Report on vaccination in the Province of Bengal - 1874-1889
Year: 1874
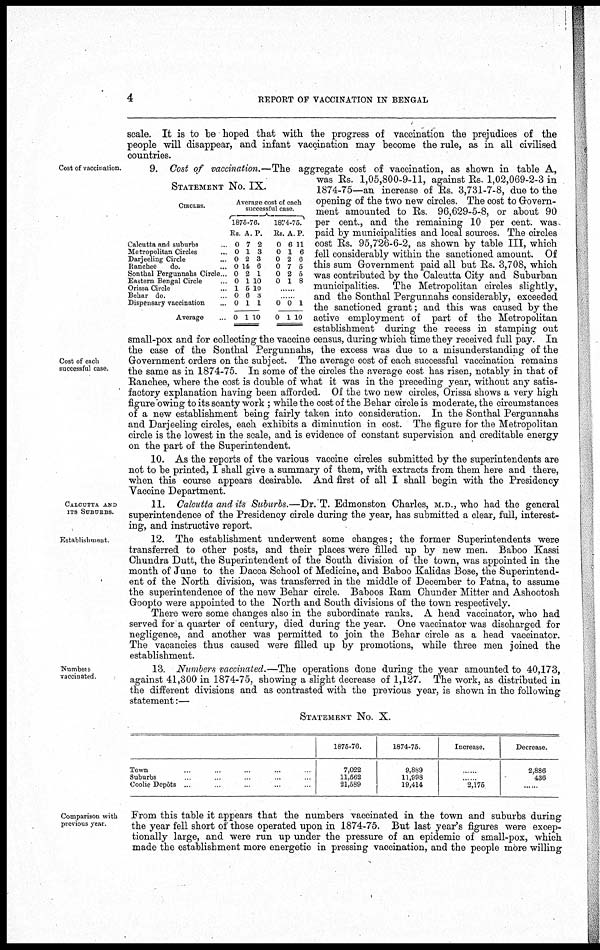
4
REPORT OF VACCINATION IN BENGAL
scale. It is to be hoped that with the progress of vaccination the prejudices of the
people will disappear, and infant vaccination may become the rule, as in all civilised
countries.
Cost of vaccination.
Cost of each
successful case.
STATEMENT No. IX.
CIRCLES.
Calcutta and suburbs..
Metropolitan Circles...
Darjeeling Circle...
Ranchee do...
Sonthal Pergunnahs Circle..
Eastern Bengal Circle...
Orissa Circle...
Behar do. ...
Dispensary vaccination...
Average.
Average cost of each
successful case.
1875-76.
Rs.
0
0
0
0
0
0
1
0
0
0
A.
7
1
2
14
2
1
5
6
1
1
P.
2
3
3
6
1
10
10
3
1
10
1874-75.
Rs.
0
0
0
0
0
0
A.
6
1
2
7
2
1
P.
11
6
6
5
5
8
0
0
0
1
1
10
9. Cost of vaccination.—The aggregate cost of vaccination, as shown in table A,
was Rs. 1,05,800-9-11, against Rs. 1,02,069-2-3 in
1874-75—an increase of Rs. 3,731-7-8, due to the
opening of the two new circles. The cost to Govern-
ment amounted to Rs. 96,629-5-8, or about 90
per cent., and the remaining 10 per cent. was
paid by municipalities and local sources. The circles
cost Rs. 95,726-6-2, as shown by table III, which
fell considerably within the sanctioned amount. Of
this sum Government paid all but Rs. 3,708, which
was contributed by the Calcutta City and Suburban
municipalities. The Metropolitan circles slightly,
and the Sonthal Pergunnahs considerably, exceeded
the sanctioned grant; and this was caused by the
active employment of part of the Metropolitan
establishment during the recess in stamping out
small-pox and for collecting the vaccine census, during which time they received full pay. In
the case of the Sonthal Pergunnahs, the excess was due to a misunderstanding of the
Government orders on the subject. The average cost of each successful vaccination remains
the same as in 1874-75. In some of the circles the average cost has risen, notably in that of
Ranchee, where the cost is double of what it was in the preceding year, without any satis-
factory explanation having been afforded. Of the two new circles, Orissa shows a very high
figure owing to its scanty work ; while the cost of the Behar circle is moderate, the circumstances
of a new establishment being fairly taken into consideration. In the Sonthal Pergunnahs
and Darjeeling circles, each exhibits a diminution in cost. The figure for the Metropolitan
circle is the lowest in the scale, and is evidence of constant supervision and creditable energy
on the part of the Superintendent.
10. As the reports of the various vaccine circles submitted by the superintendents are
not to be printed, I shall give a summary of them, with extracts from them here and there,
when this course appears desirable. And first of all I shall begin with the Presidency
Vaccine Department.
CALCUTTA AND
ITS SUBURBS.
11. Calcutta and its Suburbs.—Dr. T. Edmonston Charles, M.D., who had the general
superintendence of the Presidency circle during the year, has submitted a clear, full, interest-
ing, and instructive report.
Establishment
12. The establishment underwent some changes; the former Superintendents were
transferred to other posts, and their places were filled up by new men. Baboo Kassi
Chundra Dutt, the Superintendent of the South division of the town, was appointed in the
month of June to the Dacca School of Medicine, and Baboo Kalidas Bose, the Superintend-
ent of the North division, was transferred in the middle of December to Patna, to assume
the superintendence of the new Behar circle. Baboos Ram Chunder Mitter and Ashootosh
Goopto were appointed to the North and South divisions of the town respectively.
There were some changes also in the subordinate ranks. A head vaccinator, who had
served for a quarter of century, died during the year. One vaccinator was discharged for
negligence, and another was permitted to join the Behar circle as a head vaccinator.
The vacancies thus caused were filled up by promotions, while three men joined the
establishment.
Numbers
vaccinated
13 Numbers vaccinated.—The operations done during the year amounted to 40,173,
against 41,300 in 1874-75, showing a slight decrease of 1,127. The work, as distributed in
the different divisions and as contrasted with the previous year, is shown in the following
statement:—
STATEMENT No. X.
Town. ... ...
Suburbs... ...
Coolie Dopôts.. ..
1875-76.
7,022
11,562
21,589
1874-75.
9,889
11,998
19,414
Increase.
...
...
2,175
Decrease.
2,886
436
......
Comparison with
previous year.
From this table it appears that the numbers vaccinated in the town and suburbs during
the year fell short of those operated upon in 1874-75. But last year's figures were excep-
tionally large, and were run up under the pressure of an epidemic of small-pox, which
made the establishment more energetic in pressing vaccination, and the people more willing